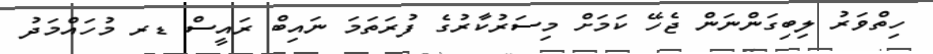
ހިތްވަރު ލިބިގަންނަން ޖެހޭ ކަމަށް މިސަރުކާރުގެ ފުރަތަމަ ނައިބް ރައީސް ޑރ މުހައްމަދު